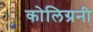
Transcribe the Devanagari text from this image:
कोलिग्रनी